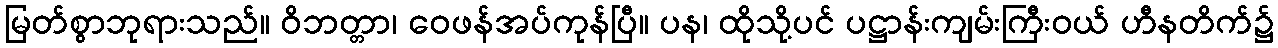
မြတ်စွာဘုရားသည်။ ဝိဘတ္တာ၊ ဝေဖန်အပ်ကုန်ပြီ။ ပန၊ ထိုသို့ပင် ပဋ္ဌာန်းကျမ်းကြီးဝယ် ဟီနတိက်၌